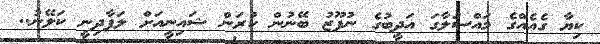
ކިޔާ ގެއެއްގެ މައްސަލާގަ އަދީބުގެ ނުފޫޒު ބޭނުން ކުރަން ޝައިނީއަށް ލަފާދިނީ ކަލޭނު..